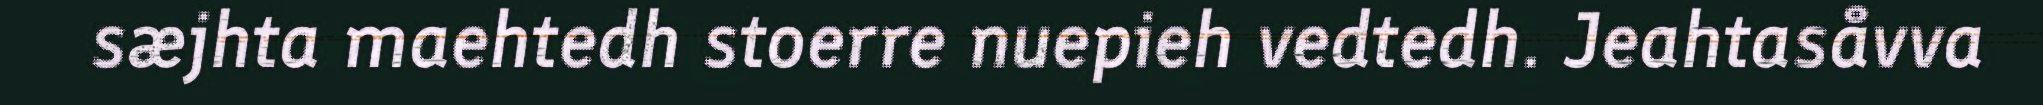
sæjhta maehtedh stoerre nuepieh vedtedh. Jeahtasåvva